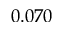
0 . 0 7 0